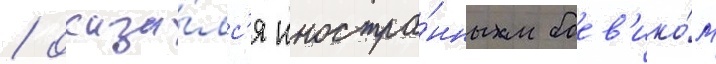
/ оказа́лс'я иностра́нным боев'ико́м